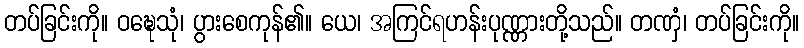
တပ်ခြင်းကို။ ဝဍ္ဎေသုံ၊ ပွားစေကုန်၏။ ယေ၊ အကြင်ရဟန်းပုဏ္ဏားတို့သည်။ တဏှံ၊ တပ်ခြင်းကို။